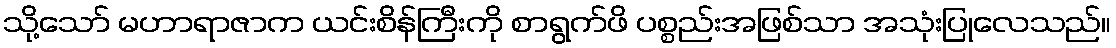
သို့သော် မဟာရာဇာက ယင်းစိန်ကြီးကို စာရွက်ဖိ ပစ္စည်းအဖြစ်သာ အသုံးပြုလေသည်။